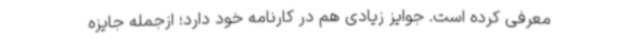
معرفی کرده ‌است. جوایز زیادی هم در کارنامه خود دارد؛ ازجمله جایزه